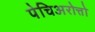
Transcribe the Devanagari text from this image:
पेचिअरोत्तो